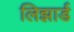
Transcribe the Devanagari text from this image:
लिझार्ड